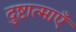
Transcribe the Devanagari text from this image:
दुष्टात्माएँ